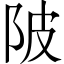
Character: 陂